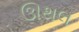
ઊથલ